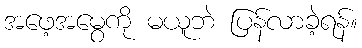
အဖေ့အမွေကို မယူဘဲ ပြန်လာခဲ့ရန်။